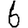
Digit: 6